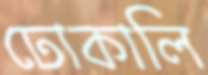
ঢোকালি